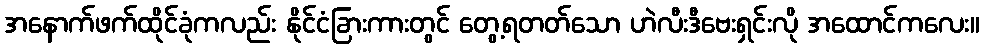
အနောက်ဖက်ထိုင်ခုံကလည်း နိုင်ငံခြားကားတွင် တွေ့ရတတ်သော ဟဲလီးဒီဗေးရှင်းလို အထောင်ကလေး။